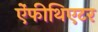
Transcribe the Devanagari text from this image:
ऐंफीथिएटर